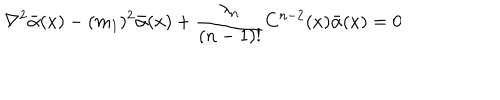
LaTeX: \nabla ^ { 2 } \bar { \alpha } ( x ) - ( m _ { 1 } ) ^ { 2 } \bar { \alpha } ( x ) + \frac { \lambda _ { n } } { ( n - 1 ) ! } C ^ { n - 2 } ( x ) \bar { \alpha } ( x ) = 0